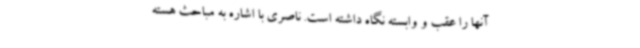
آنها را عقب و وابسته نگاه داشته است. ناصری با اشاره به مباحث هسته